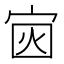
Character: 𪧏